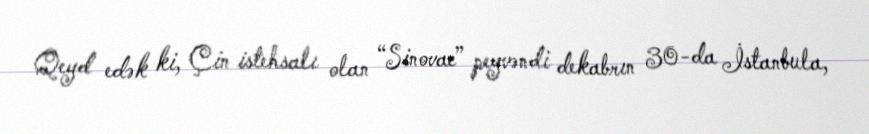
Qeyd edək ki, Çin istehsalı olan “Sinovac” peyvəndi dekabrın 30-da İstanbula,